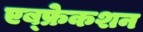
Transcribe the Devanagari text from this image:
एब्फ्रेकशन